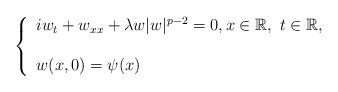
LaTeX: \begin{align*}\left \{ \begin{array}{l} iw_t +w_{xx} + \lambda w |w |^{p-2} =0,x\in \mathbb{R} , \ t\in \mathbb{R},\\ \\ w(x,0) =\psi (x)\end{array}\right.\end{align*}